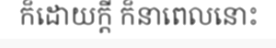
ក៏ដោយក្តី ក៏នាពេលនោះ